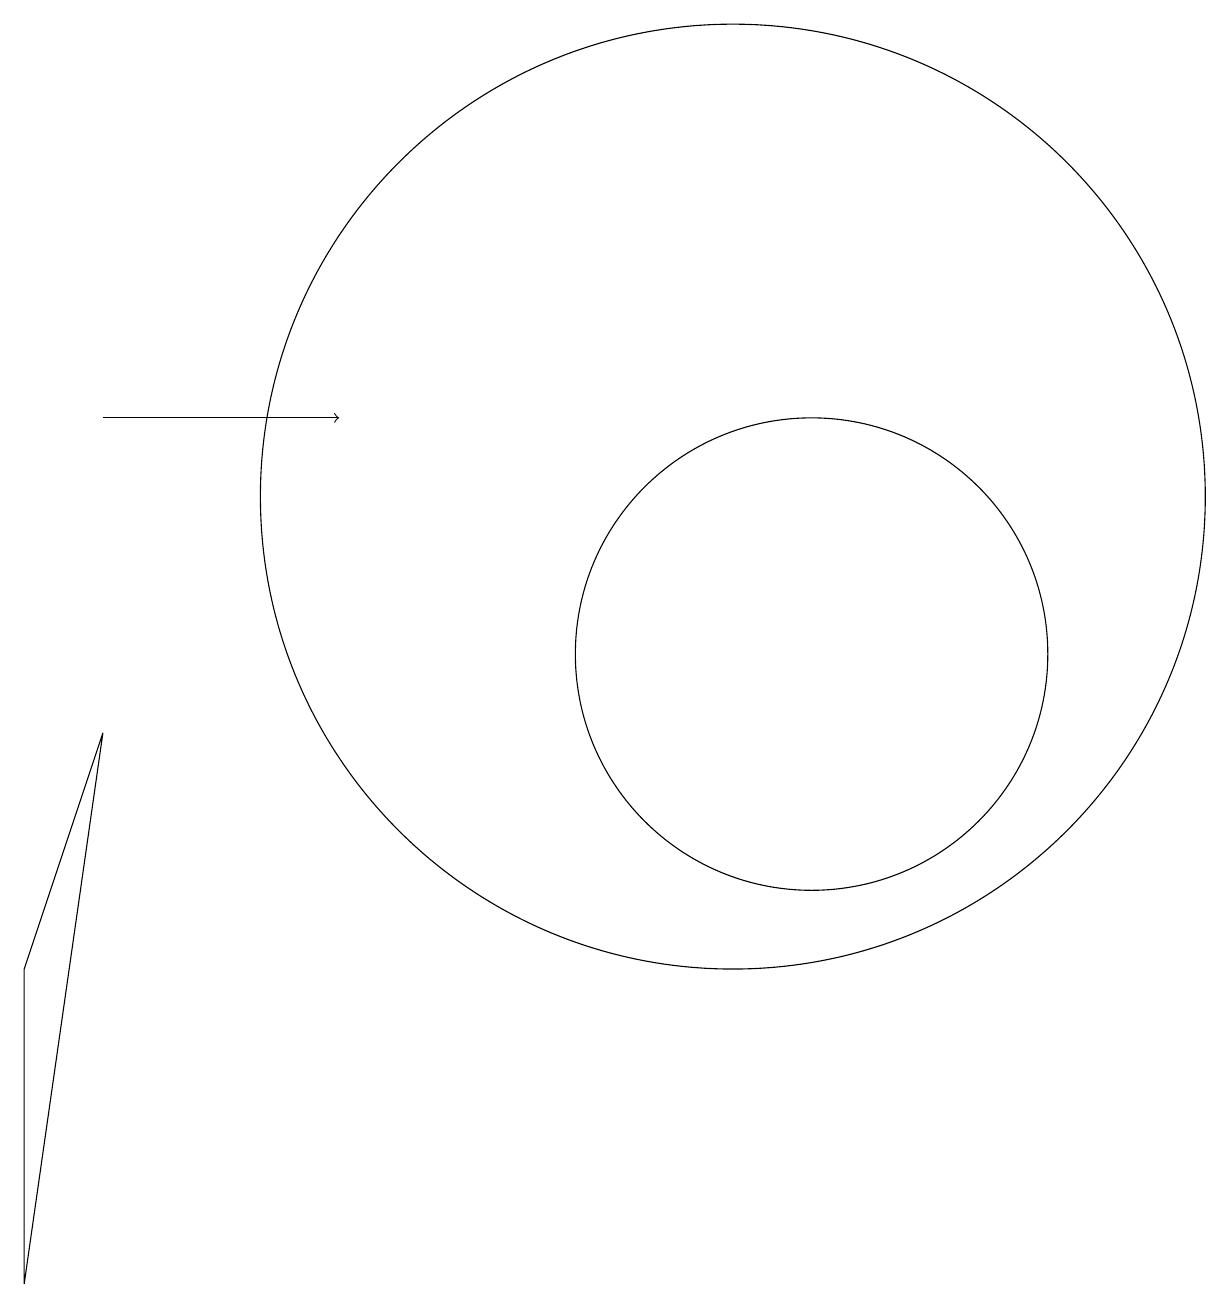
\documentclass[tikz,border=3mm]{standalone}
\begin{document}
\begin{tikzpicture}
\draw (1,2) -- (1,6) -- (2,9) -- cycle;
\draw (10,12) circle (6);
\draw[->] (2,13) -- (5,13);
\draw (11,10) circle (3);
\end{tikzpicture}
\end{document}